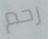
رحم